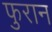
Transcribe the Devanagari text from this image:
फुरान